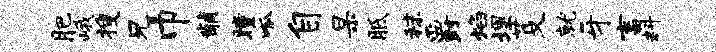
肥峨搜兄巾黼瞳呱自杲胝秣爵焰埋芟就牙畜料